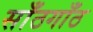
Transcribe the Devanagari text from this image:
साँठगाँठ